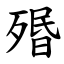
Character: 㱪